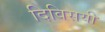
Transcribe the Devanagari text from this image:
दिविसयी